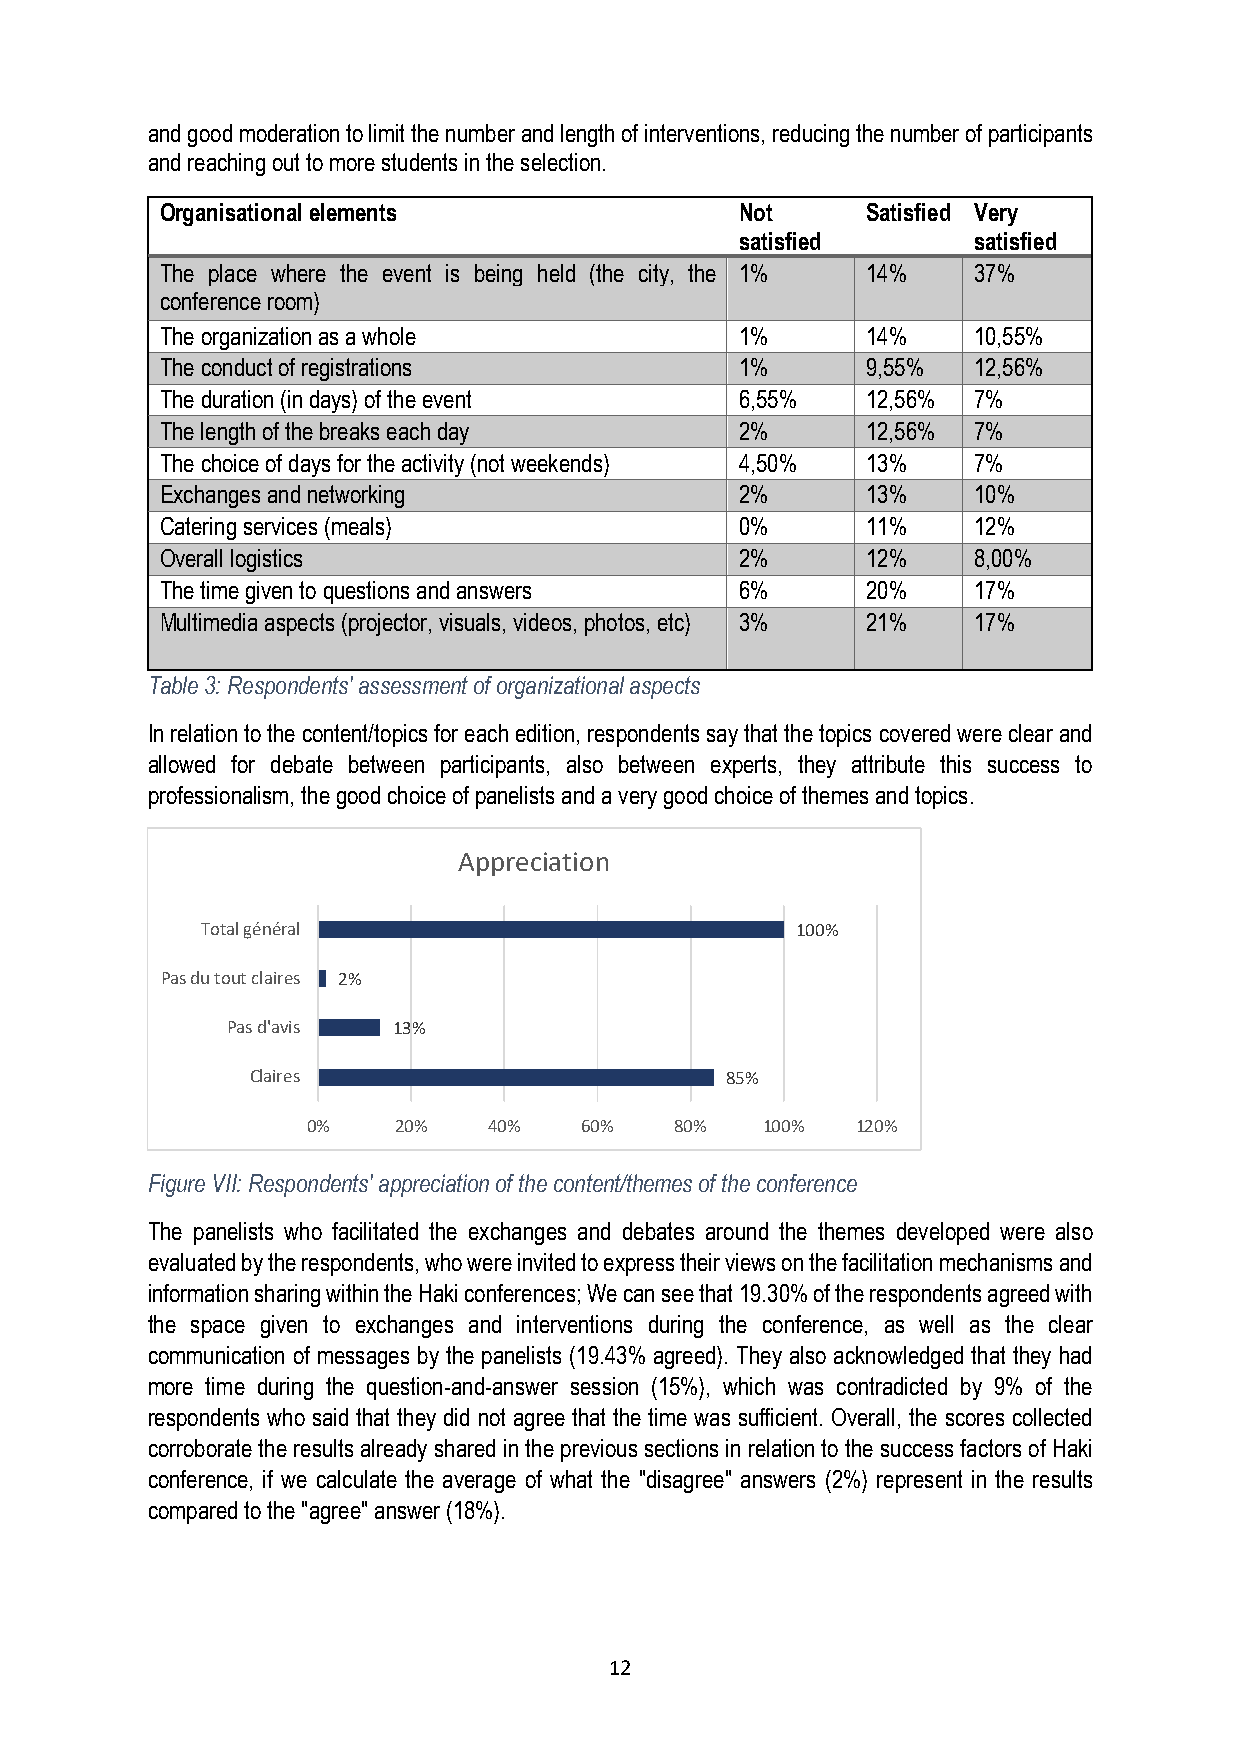
and good moderation to limit the number and length of interventions, reducing the number of participants
 and reaching out to more students in the selection.
 Organisational elements               Not     Satisfied Very
 satisfied      satisfied
 The place where the event is being held (the city, the 1% 14% 37%
 conference room)
 The organization as a whole           1%      14%    10,55%
 The conduct of registrations          1%      9,55%  12,56%
 The duration (in days) of the event   6,55%   12,56% 7%
 The length of the breaks each day     2%      12,56% 7%
 The choice of days for the activity (not weekends) 4,50% 13% 7%
 Exchanges and networking              2%      13%    10%
 Catering services (meals)             0%      11%    12%
 Overall logistics                     2%      12%    8,00%
 The time given to questions and answers 6%    20%    17%
 Multimedia aspects (projector, visuals, videos, photos, etc) 3% 21% 17%
 Table 3: Respondents' assessment of organizational aspects
 In relation to the content/topics for each edition, respondents say that the topics covered were clear and
 allowed for debate between participants, also between experts, they attribute this success to
 professionalism, the good choice of panelists and a very good choice of themes and topics.
 Appreciation
 Total général                           100%
 Pas du tout claires 2%
 Pas d'avis 13%
 Claires                        85%
 0%    20%   40%   60%    80%  100%   120%
 Figure VII: Respondents' appreciation of the content/themes of the conference
 The panelists who facilitated the exchanges and debates around the themes developed were also
 evaluated by the respondents, who were invited to express their views on the facilitation mechanisms and
 information sharing within the Haki conferences; We can see that 19.30% of the respondents agreed with
 the space given to exchanges and interventions during the conference, as well as the clear
 communication of messages by the panelists (19.43% agreed). They also acknowledged that they had
 more time during the question-and-answer session (15%), which was contradicted by 9% of the
 respondents who said that they did not agree that the time was sufficient. Overall, the scores collected
 corroborate the results already shared in the previous sections in relation to the success factors of Haki
 conference, if we calculate the average of what the "disagree" answers (2%) represent in the results
 compared to the "agree" answer (18%).
 12